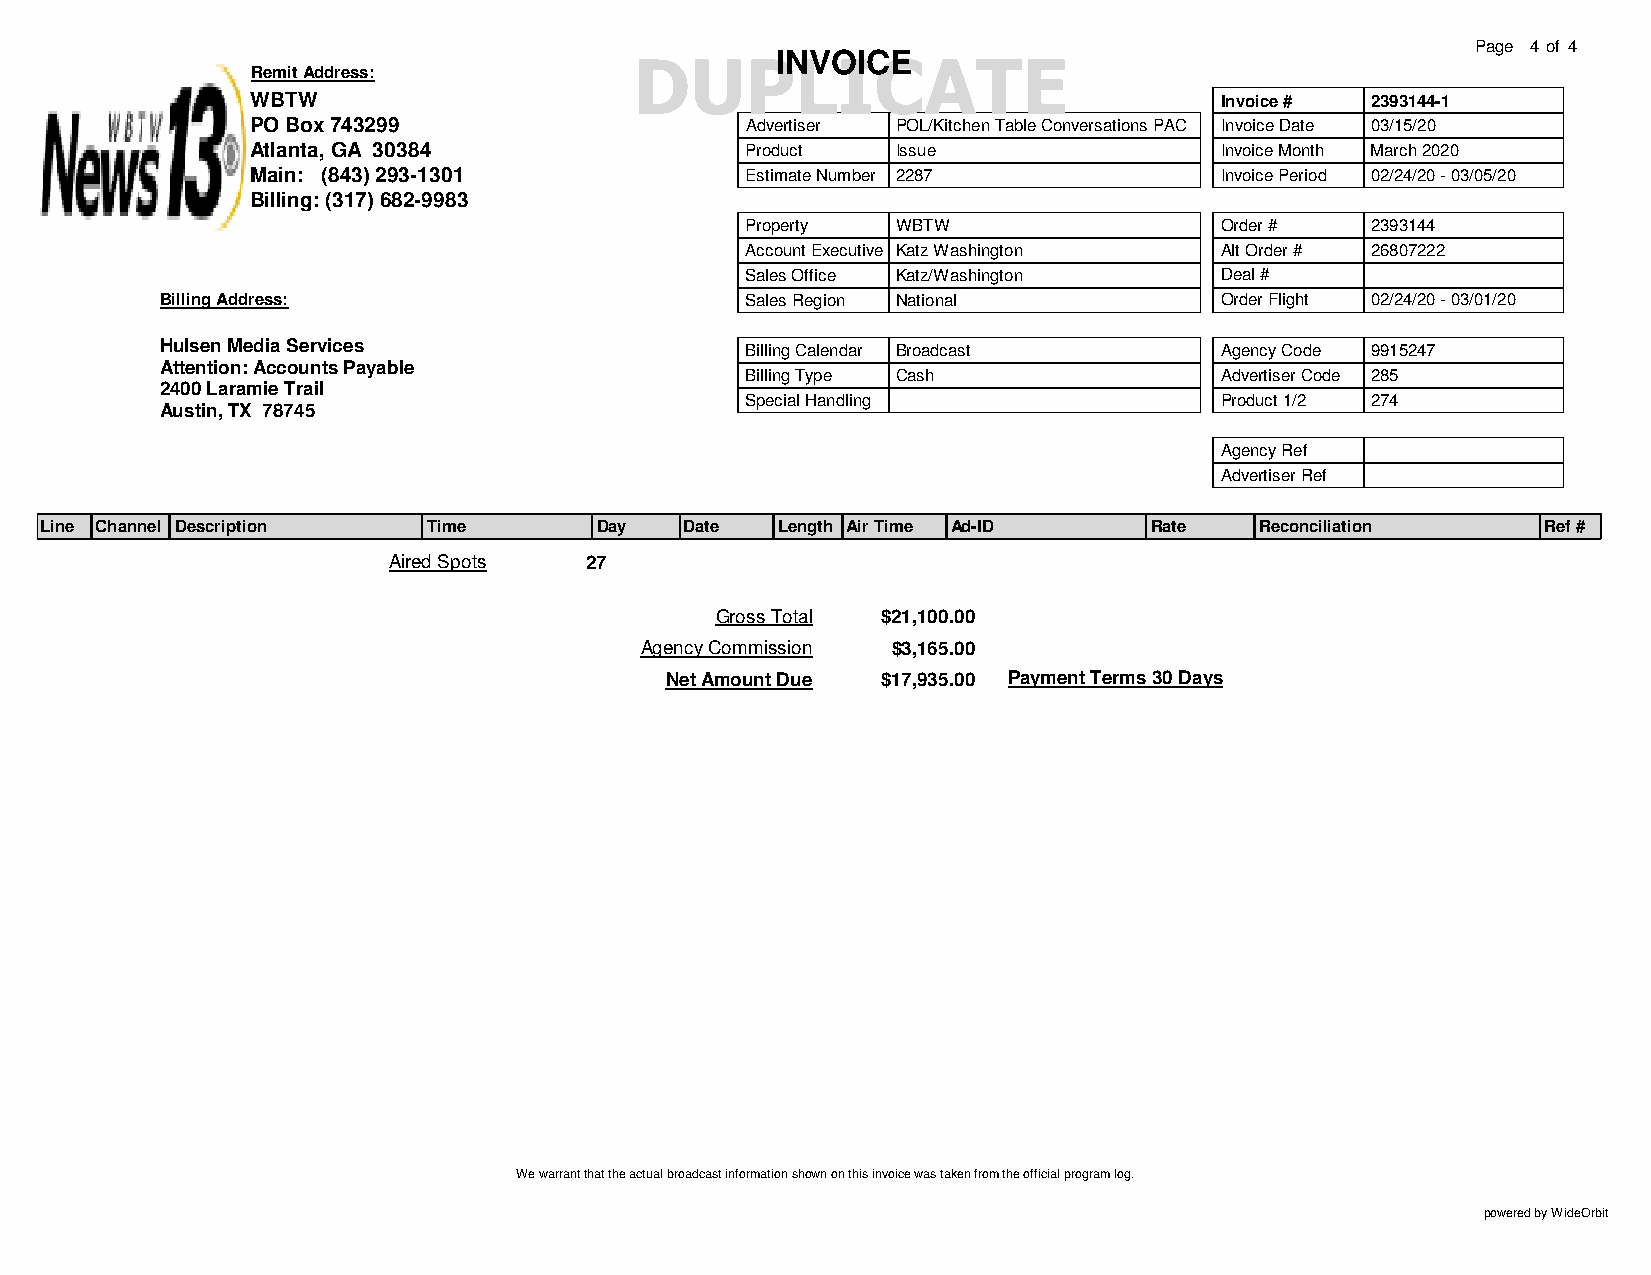
DUPLICATE                                               Page 4 of 4
 INVOICE
 Remit Address:
 WBTW                                                            Invoice # 2393144-1
 PO Box 743299                   Advertiser POL/Kitchen Table Conversations PAC Invoice Date 03/15/20
 Atlanta, GA 30384               Product   Issue                 Invoice Month March 2020
 Main: (843) 293-1301            Estimate Number 2287            Invoice Period 02/24/20 - 03/05/20
 Billing: (317) 682-9983
 Property  WBTW                  Order #   2393144
 Account Executive Katz Washington Alt Order # 26807222
 Sales Office Katz/Washington    Deal #
 Billing Address:                      Sales Region National           Order Flight 02/24/20 - 03/01/20
 Hulsen Media Services                 Billing Calendar Broadcast      Agency Code 9915247
 Attention: Accounts Payable
 Billing Type Cash               Advertiser Code 285
 2400 Laramie Trail
 Special Handling                Product 1/2 274
 Austin, TX 78745
 Agency Ref
 Advertiser Ref
 Line Channel Description Time       Day   Date  Length Air Time Ad-ID    Rate   Reconciliation     Ref #
 Aired Spots  27
 Gross Total $21,100.00
 Agency Commission $3,165.00
 Net Amount Due $17,935.00 Payment Terms 30 Days
 We warrant that the actual broadcast information shown on this invoice was taken from the official program log.
 powered by WideOrbit